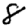
Digit: 8